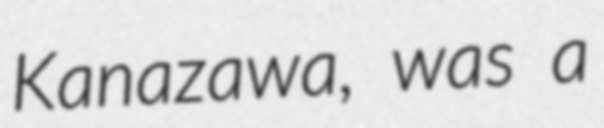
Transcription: Kanazawa, was a